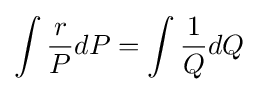
\int {\frac {r}{P}}{dP}=\int {\frac {1}{Q}}{dQ}